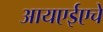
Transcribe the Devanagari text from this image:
आयएईएचे